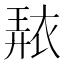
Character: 𧚠